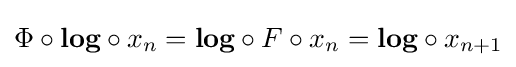
\Phi \circ {\textbf {log}}\circ x_{n}={\textbf {log}}\circ F\circ x_{n}={\textbf {log}}\circ x_{n+1}